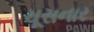
ચૂસનાર